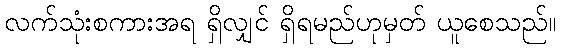
လက်သုံးစကားအရ ရှိလျှင် ရှိရမည်ဟုမှတ် ယူစေသည်။